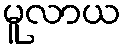
မူလာယ